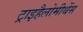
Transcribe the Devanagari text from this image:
ट्राइहैलोमीथेंस